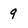
Character: 9